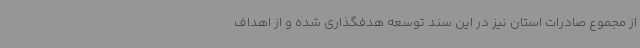
از مجموع صادرات استان نیز در این سند توسعه هدفگذاری شده و از اهداف